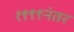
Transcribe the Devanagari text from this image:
१९९९नंतर